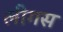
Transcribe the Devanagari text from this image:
लीगस